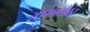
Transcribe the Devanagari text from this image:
आम्लतेवर